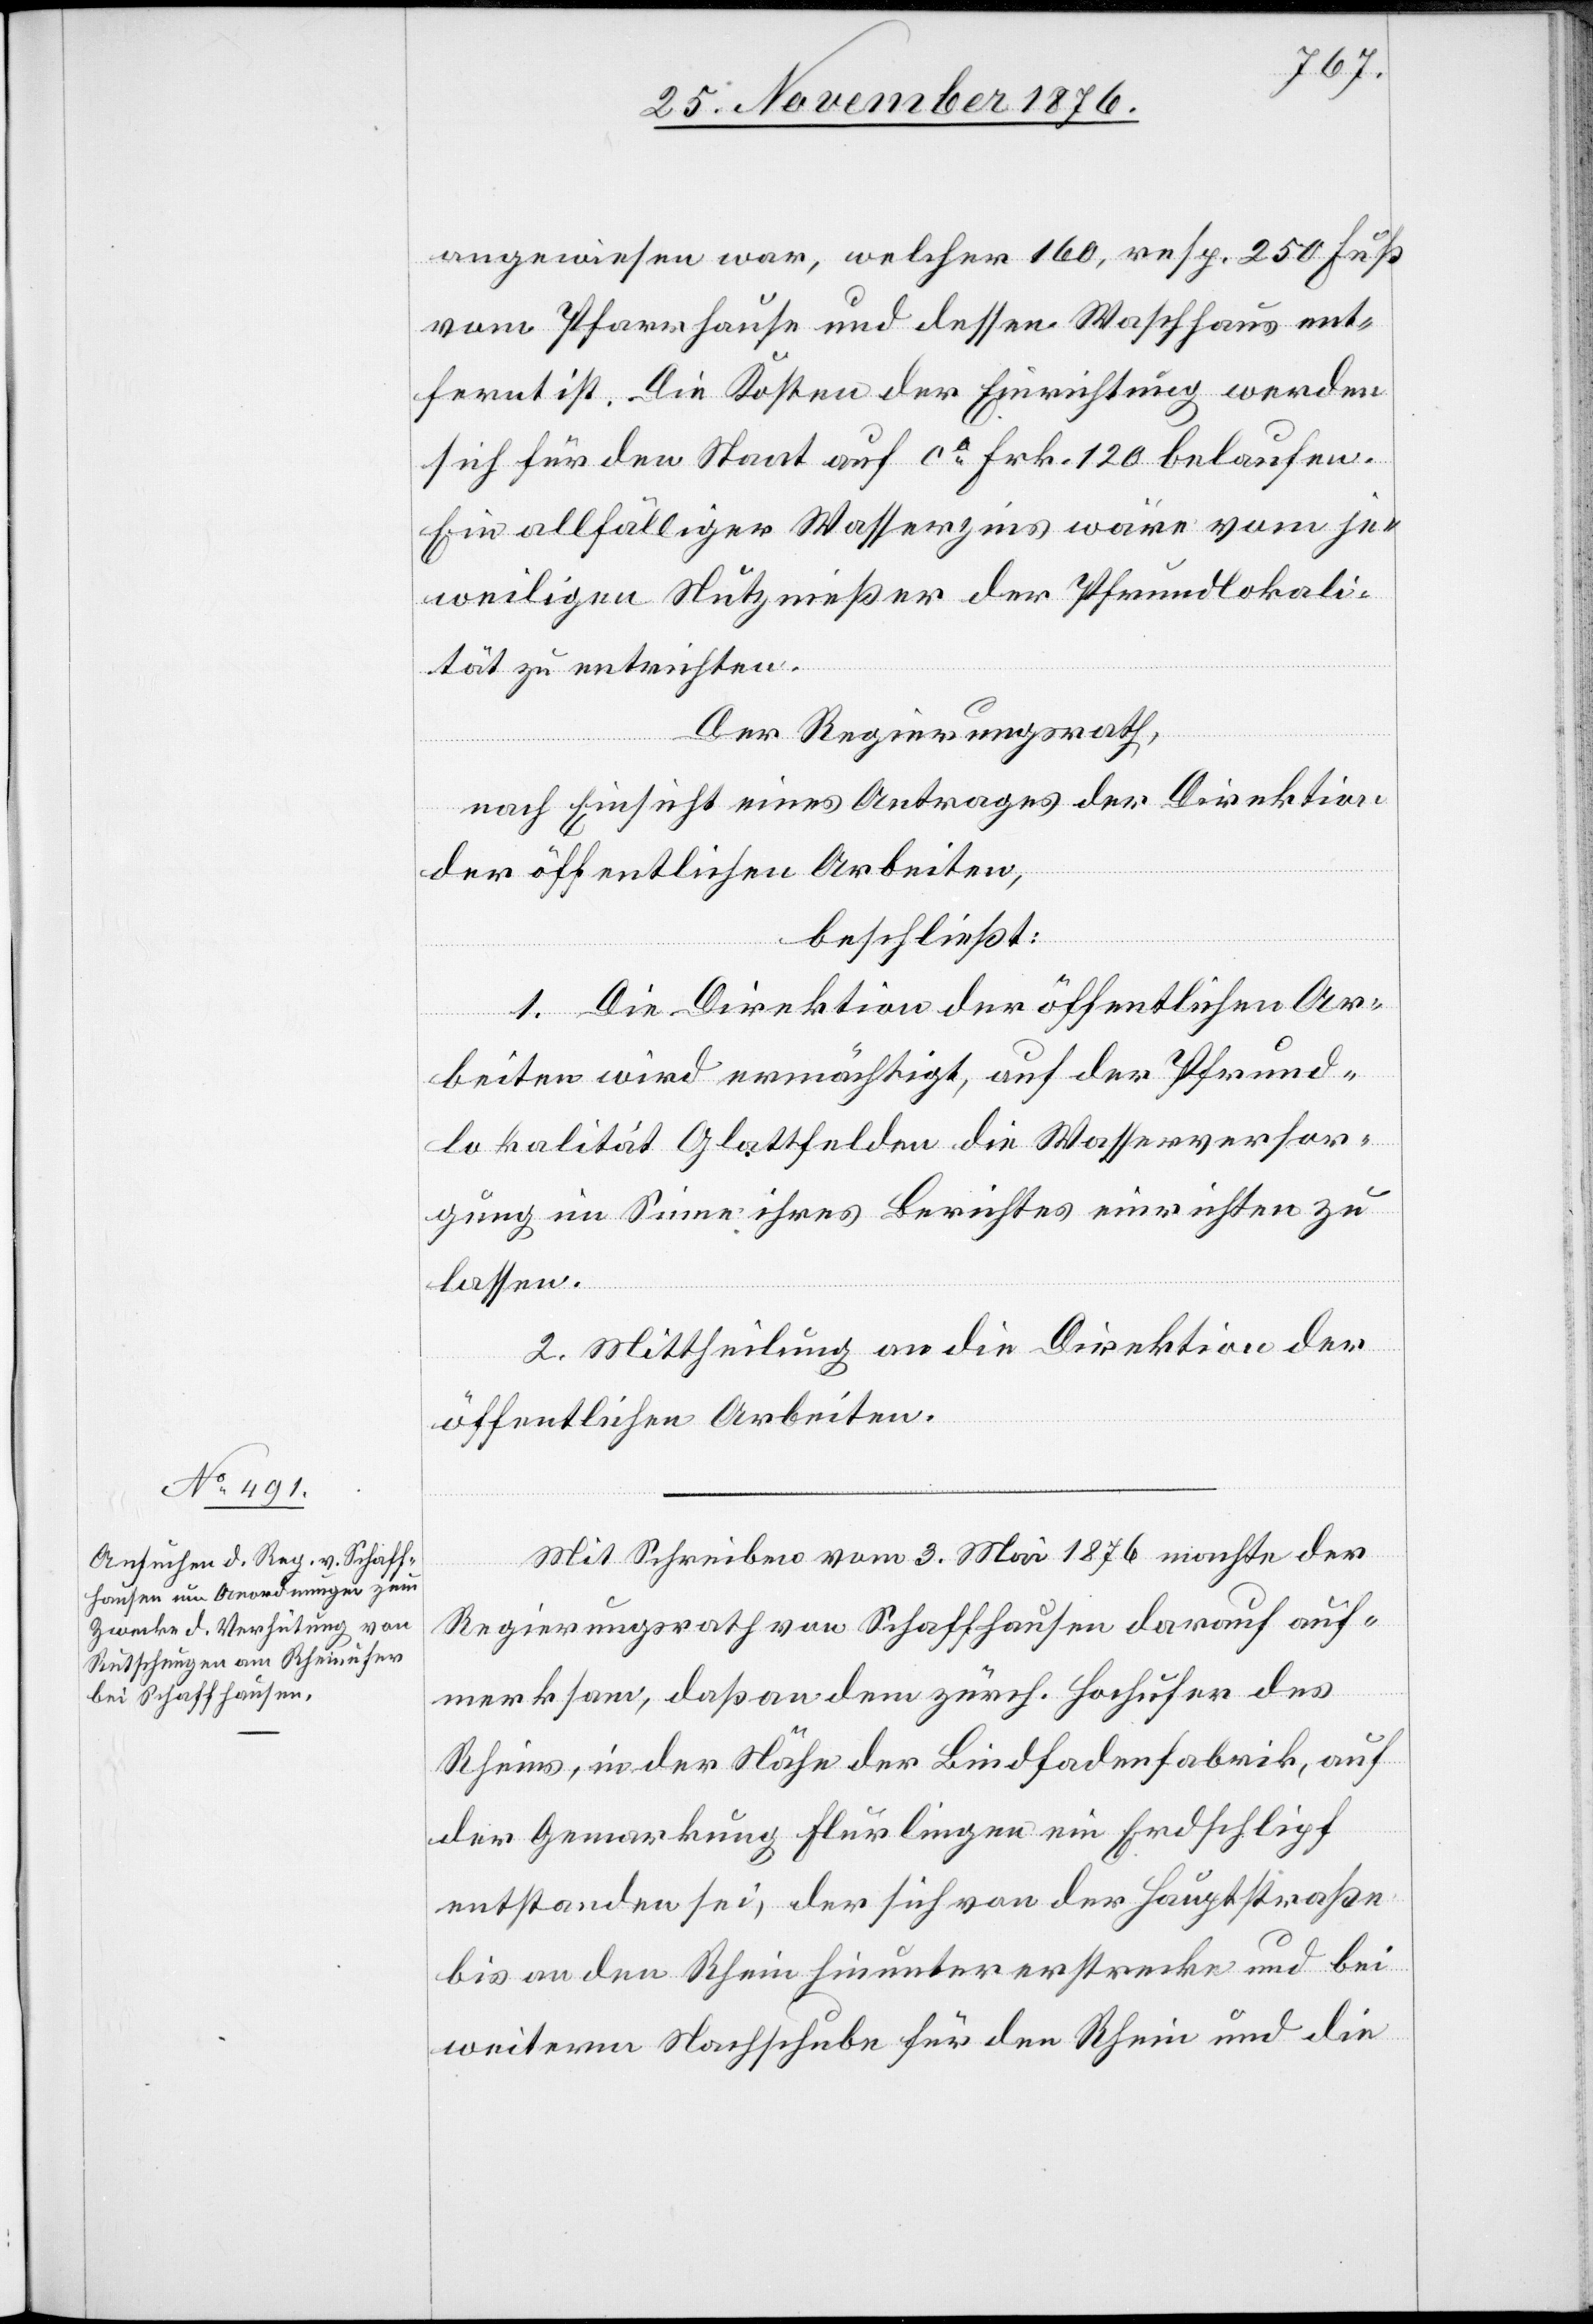
angewiesen war, welcher 160, resp. 250 Fuß
vom Pfarrhause und dessen Waschhaus ent¬
fernt ist. Die Kosten der Einrichtung werden
sich für den Staat auf ca Frk. 120 belaufen.
Ein allfälliger Wasserzins wäre vom je¬
weiligen Nutznießer der Pfrundlokali¬
tät zu entrichten.
Der Regierungsrath,
nach Einsicht eines Antrages der Direktion
der öffentlichen Arbeiten,
beschließt:
1. Die Direktion der öffentlichen Ar¬
beiten wird ermächtigt, auf der Pfrund¬
lokalität Glattfelden die Wasserversor¬
gung im Sinne ihres Berichtes einrichten zu
lassen.
2. Mittheilung an die Direktion der
öffentlichen Arbeiten.
Mit Schreiben vom 3. Mai 1876 machte der
Regierungsrath von Schaffhausen darauf auf¬
merksam, daß an dem zürch. Hochufer des
Rheins, in der Nähe der Bindfadenfabrik, auf
der Gemarkung Flurlingen ein Erdschlipf
entstanden sei, der sich von der Hauptstraße
bis an den Rhein hinunter erstrecke und bei
weiterm Nachschube für den Rhein und die